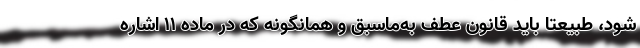
شود، طبیعتا باید قانون عطف به‌ماسبق و همانگونه که در ماده 11 اشاره